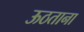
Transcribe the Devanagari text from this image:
ऊठताना